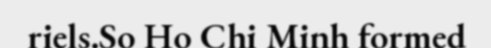
riels.So Ho Chi Minh formed